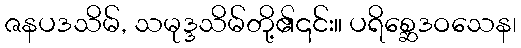
ဇနပဒသိမ်, သမုဒ္ဒသိမ်တို့၏၎င်း။ ပရိစ္ဆေဒဝသေန၊